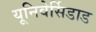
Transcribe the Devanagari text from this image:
यूनिवेर्सिडाड